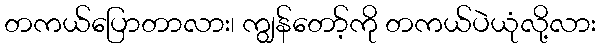
တကယ်ပြောတာလား၊ ကျွန်တော့်ကို တကယ်ပဲယုံလို့လား